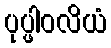
ပုပ္ဖါဝလိယံ